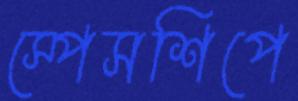
স্পেসশিপে